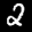
Label: 2